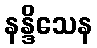
နန္ဒိသေန